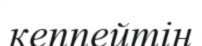
кеппейтін